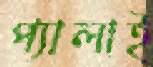
প্যালাই